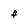
Character: f